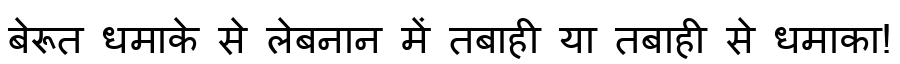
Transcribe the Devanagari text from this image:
बेरूत धमाके से लेबनान में तबाही या तबाही से धमाका!